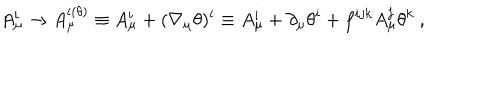
LaTeX: A _ { \mu } ^ { i } \rightarrow A _ { \mu } ^ { i ( \theta ) } \equiv A _ { \mu } ^ { i } + ( \nabla _ { \mu } \theta ) ^ { i } \equiv A _ { \mu } ^ { i } + \partial _ { \mu } \theta ^ { i } + f ^ { i j k } A _ { \mu } ^ { j } \theta ^ { k } \ ,